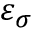
\varepsilon _ { \sigma }